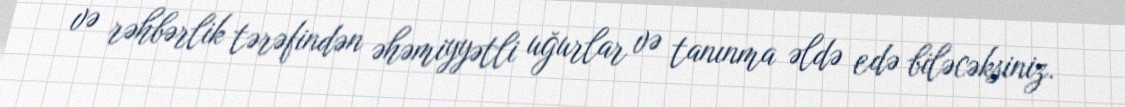
və rəhbərlik tərəfindən əhəmiyyətli uğurlar və tanınma əldə edə biləcəksiniz.